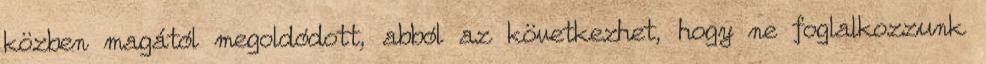
közben magától megoldódott, abból az következhet, hogy ne foglalkozzunk